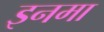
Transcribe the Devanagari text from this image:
इनमा